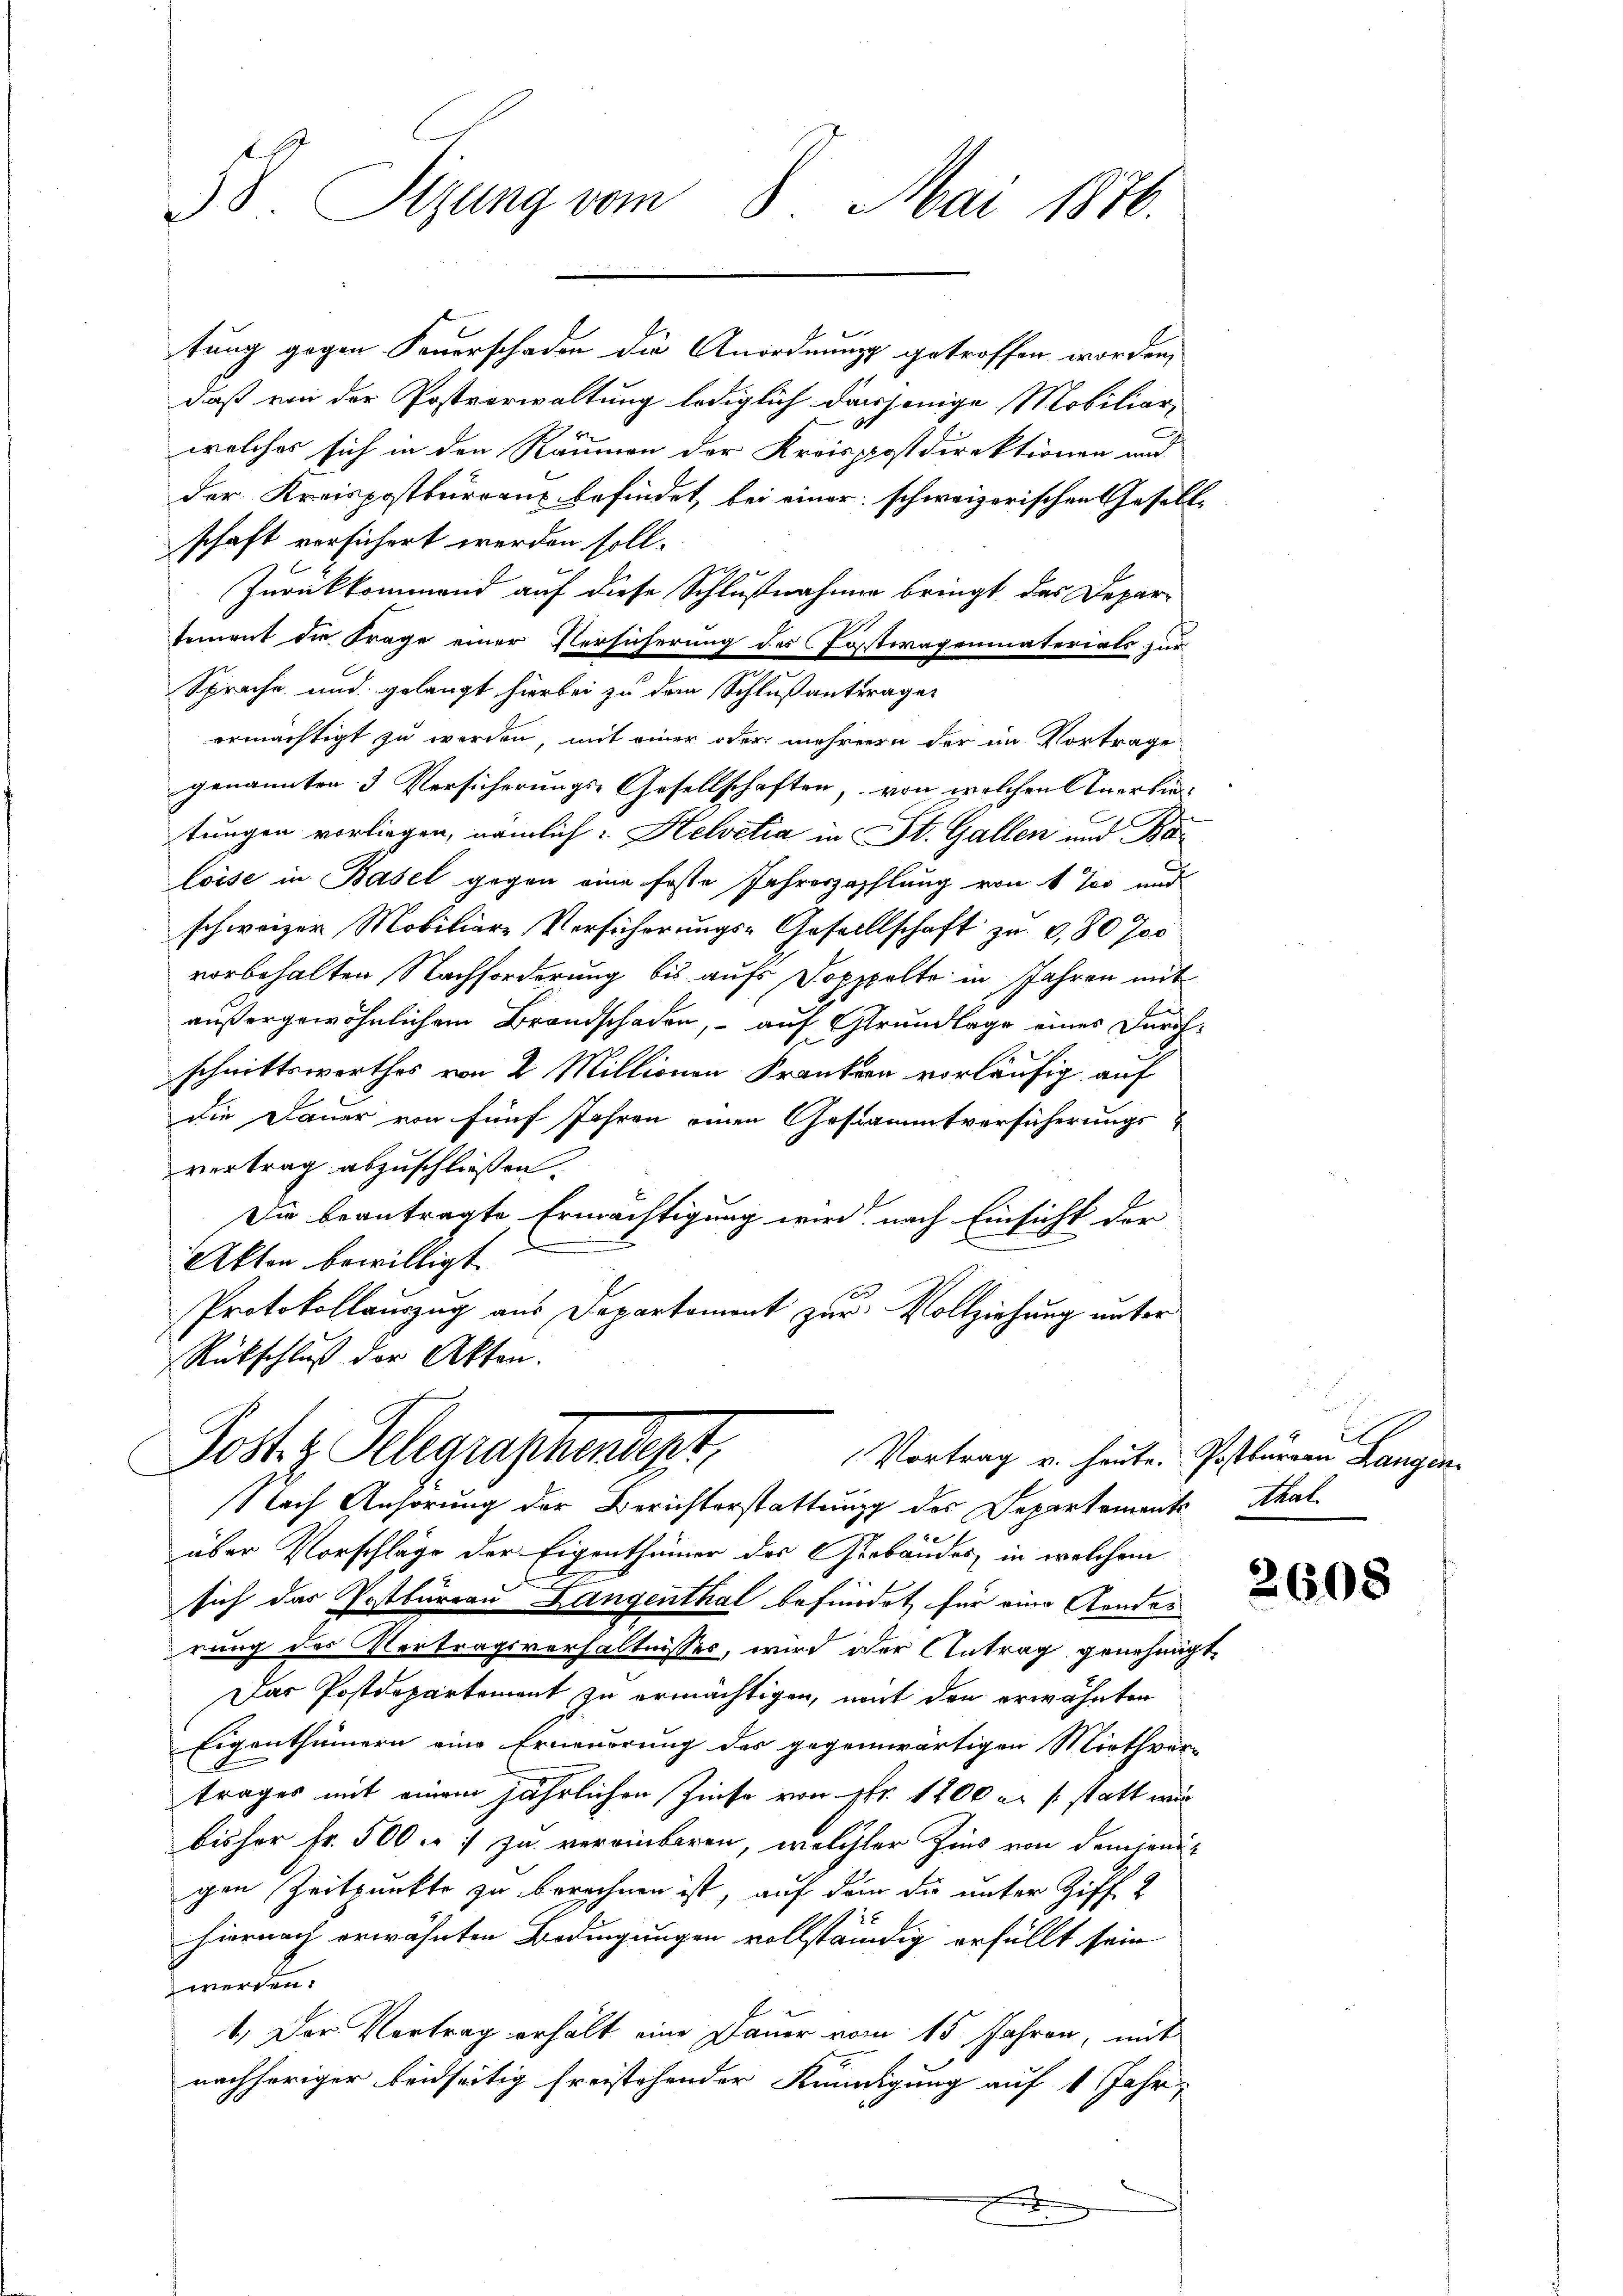
38. Sitzung vom 8. Mai 1876.

tung gegen Feuerschaden die Anordnung getroffen worden,
daß von der Postverwaltung lediglich dasjenige Mobiliar-
welches sich in den Räumen der Kreispostdirektionen und
der Kreispostkurrenz befindet, bei einer schweizerischen Gesell-
schaft vorsichert werden soll.
Zurückkommend auf diese Schlußnahmen bringt das Deparsement die Frage einer Versicherung des Jostwagenmaterials zur
Sprache und gelangt hierbei zu dem Schlußantrager
ermächtigt zu werden, mit einer oder mehrern der im Vortrage
genannten 3 Versicherungs-Gesellschaften, von welchen Anerbintungen vorliegen, nämlich: Helvetia in St. Gallen und Ba
loise in Basel gegen eine Erste Jahreszahlung von 4 ‰ und
schweizer Mobiliare Versicherŭngs-Gesellschaft zu 6, 80 Jos
vorbehalten Nachforderung bis aufs Doppelte in Jahren mit
außergewöhnlichem Brandschaden, auf Grundlage eines Durchschnittswerthes von 2 Millionen Franken vorläufig auf
die Dauer von fünf Jahren einen Gestammtversicherungsvertrag abzuschließen.
Die beantragte Ermächtigung wird nach Einsicht der
Akten bewilligt.
o
Protokollauszug aus Departement zur Vollziehung unter
Rückschluß der Akten.
Josts Telegraschendert,
Vortrag v. heute. Postbaren Langen¬
Nach Anhörung der Berichterstattung des Departements Athal
über Vorschläge der Eigenthümer des Gebäudes, in welchem
sich das Postbureau Langenthal befindet für eine Aender
rung des Vertragsverhältnisses, wird der Antrag genehmigt,
Das Postdepartement zu ermächtigen, mit den erwähnten
Eigenthümern eine Erneuerung des gegenwärtigen Miethver-
trages mit einem jährlichen Zinse von Fr. 1200 er /: statt wir
bisher Fr. 500 r. zu vereinbaren, welcher Zins von demjenigen Zeitpunkte zu berechnen ist, auf dem die unter Ziff. 2
hiernach erwähnten Bedingungen vollständig erfüllt sein
werden.
1. Der Vertrag erhält eine Dauer vom 15 Jahren, mit
nachhöriger beidseitig freistehender Kündigung auf 1 Jahr

2608